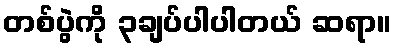
တစ်ပွဲကို ၃ချပ်ပါပါတယ် ဆရာ။